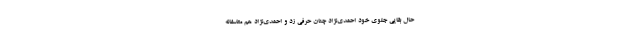
حال بقایی جلوی خود احمدی‌نژاد چنان حرفی زد و احمدی‌نژاد هم متاسفانه